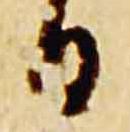
日